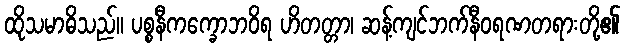
ထိုသမာဓိသည်။ ပစ္စနီကက္ခောဘဝိရ ဟိတတ္တာ၊ ဆန့်ကျင်ဘက်နီဝရဏတရားတို့၏